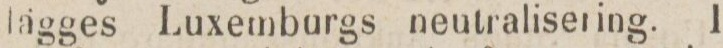
lagges Luxemburgs neutralisering. I